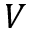
V